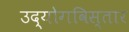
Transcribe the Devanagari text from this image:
उद्योगविस्तार